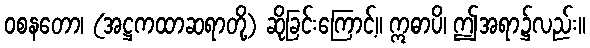
ဝစနတော၊ (အဋ္ဌကထာဆရာတို့) ဆိုခြင်းကြောင့်။ ဣဓာပိ၊ ဤအရာ၌လည်း။